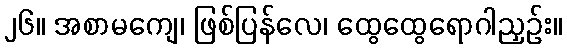
၂၆။ အစာမကျေ၊ ဖြစ်ပြန်လေ၊ ထွေထွေရောဂါညှဉ်း။